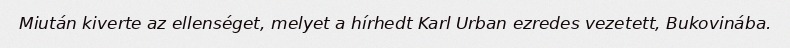
Miután kiverte az ellenséget, melyet a hírhedt Karl Urban ezredes vezetett, Bukovinába.